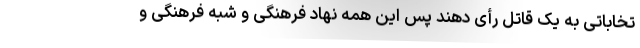
تخاباتی به یک قاتل رأی دهند پس این همه نهاد فرهنگی و شبه فرهنگی و